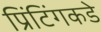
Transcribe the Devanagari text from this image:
प्रिंटिंगकडे